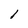
Character: l